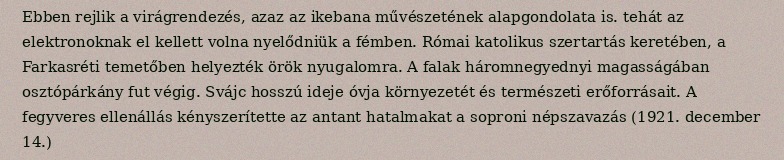
Ebben rejlik a virágrendezés, azaz az ikebana művészetének alapgondolata is. tehát az elektronoknak el kellett volna nyelődniük a fémben. Római katolikus szertartás keretében, a Farkasréti temetőben helyezték örök nyugalomra. A falak háromnegyednyi magasságában osztópárkány fut végig. Svájc hosszú ideje óvja környezetét és természeti erőforrásait. A fegyveres ellenállás kényszerítette az antant hatalmakat a soproni népszavazás (1921. december 14.)